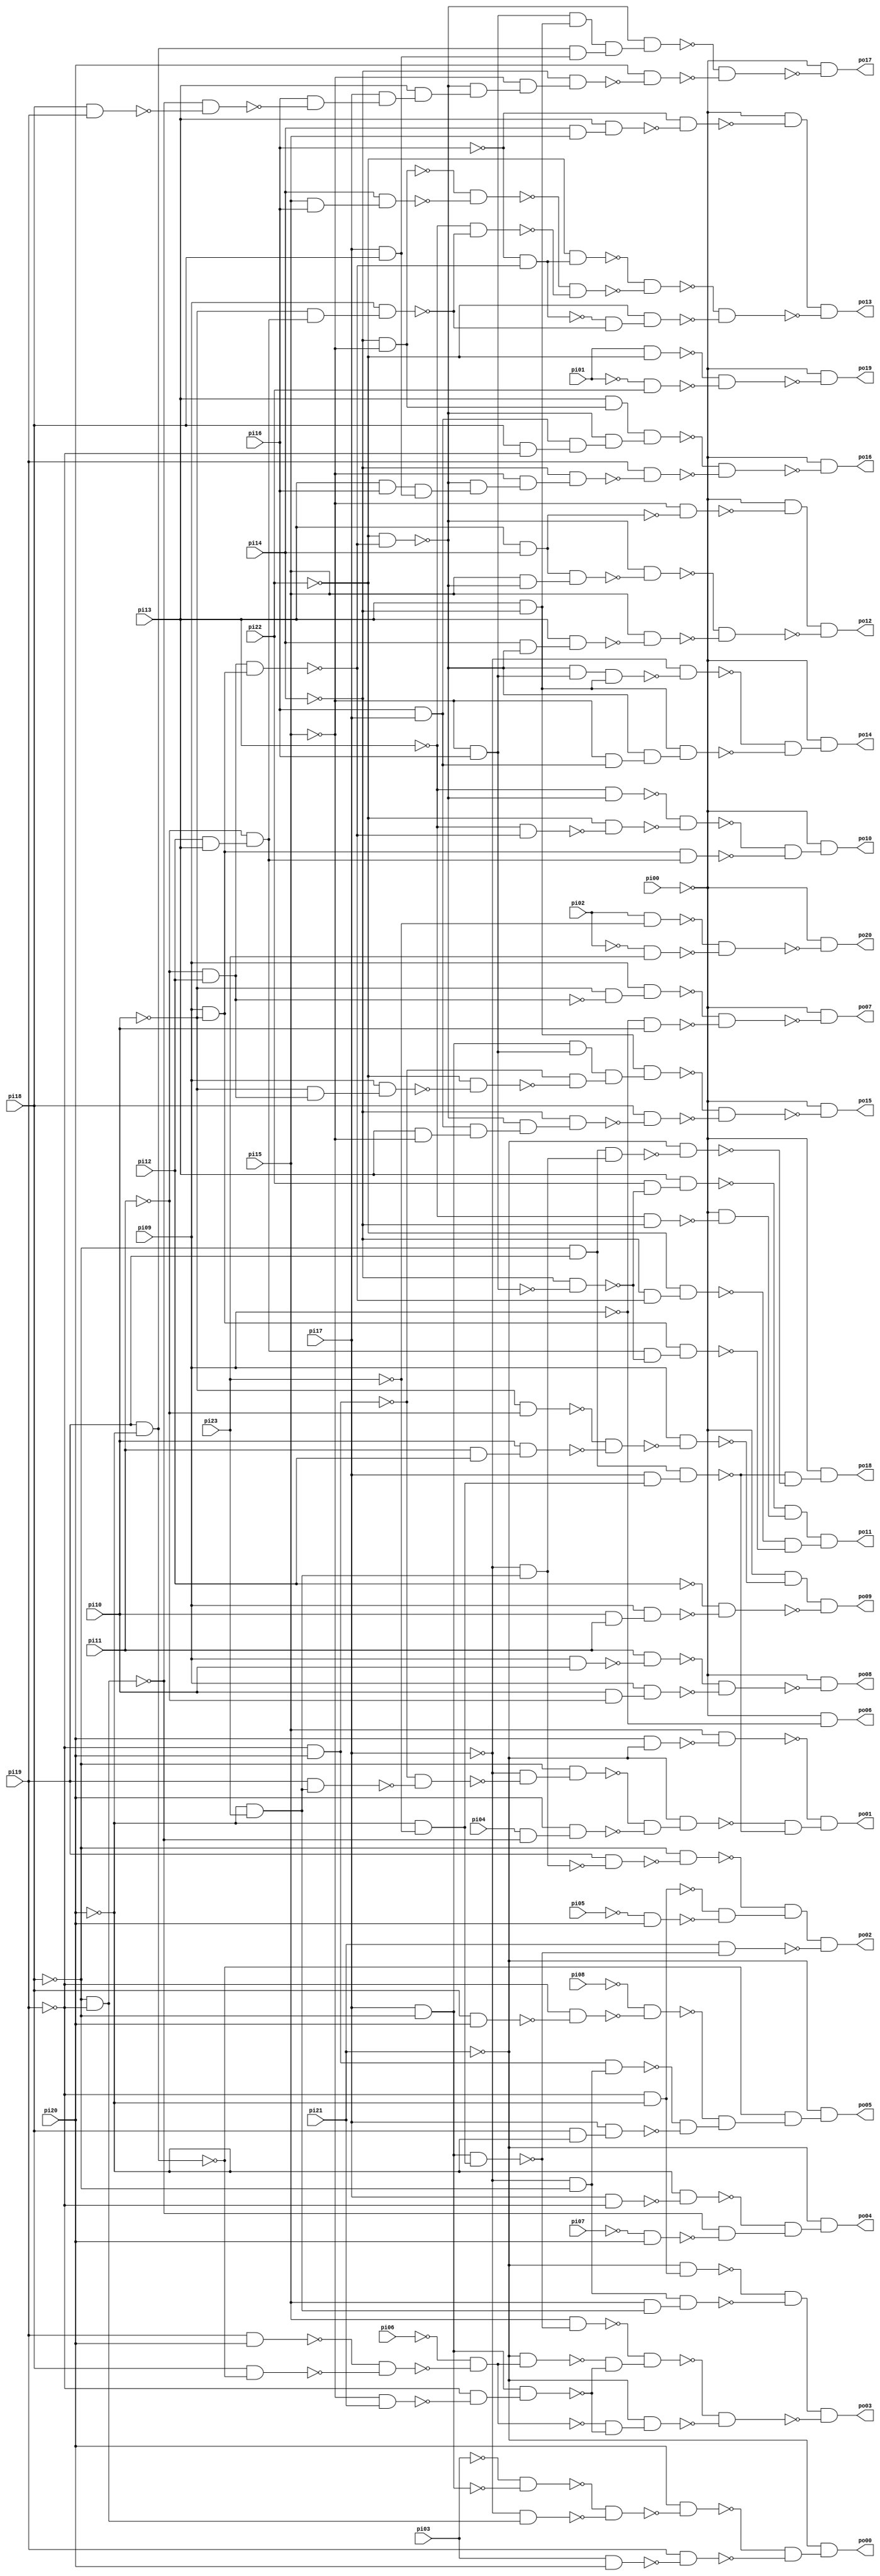
// Benchmark "ttt2" written by ABC on Sun Apr 22 21:43:15 2018

module ttt2 ( 
    pi00, pi01, pi02, pi03, pi04, pi05, pi06, pi07, pi08, pi09, pi10, pi11,
    pi12, pi13, pi14, pi15, pi16, pi17, pi18, pi19, pi20, pi21, pi22, pi23,
    po00, po01, po02, po03, po04, po05, po06, po07, po08, po09, po10, po11,
    po12, po13, po14, po15, po16, po17, po18, po19, po20  );
  input  pi00, pi01, pi02, pi03, pi04, pi05, pi06, pi07, pi08, pi09,
    pi10, pi11, pi12, pi13, pi14, pi15, pi16, pi17, pi18, pi19, pi20, pi21,
    pi22, pi23;
  output po00, po01, po02, po03, po04, po05, po06, po07, po08, po09, po10,
    po11, po12, po13, po14, po15, po16, po17, po18, po19, po20;
  wire n46, n47, n48, n49, n50, n51, n52, n53, n54, n56, n57, n58, n59, n60,
    n61, n62, n63, n64, n65, n66, n67, n68, n69, n70, n71, n72, n74, n75,
    n76, n77, n78, n79, n80, n81, n82, n84, n85, n86, n87, n88, n89, n90,
    n91, n92, n93, n94, n95, n96, n97, n98, n99, n100, n101, n102, n103,
    n105, n106, n107, n108, n109, n111, n112, n113, n114, n115, n116, n117,
    n118, n119, n122, n123, n124, n125, n126, n128, n129, n130, n131, n132,
    n134, n135, n136, n137, n138, n139, n140, n141, n142, n144, n145, n146,
    n147, n148, n149, n150, n151, n152, n153, n154, n156, n157, n158, n159,
    n160, n161, n162, n163, n164, n165, n166, n167, n169, n170, n171, n172,
    n173, n174, n175, n176, n177, n178, n180, n181, n182, n183, n184, n185,
    n186, n187, n188, n189, n190, n191, n192, n193, n194, n195, n196, n197,
    n199, n200, n201, n202, n203, n204, n205, n206, n207, n209, n210, n211,
    n212, n213, n214, n215, n216, n217, n218, n219, n220, n221, n223, n224,
    n225, n226, n227, n228, n229, n230, n231, n232, n233, n234, n235, n237,
    n238, n239, n240, n241, n242, n243, n244, n245, n246, n247, n248, n249,
    n250, n252, n253, n254, n256, n257, n258, n260, n261, n262;
  assign n46 = pi17 & ~pi18;
  assign n47 = ~pi03 & ~n46;
  assign n48 = ~pi18 & ~pi19;
  assign n49 = ~pi17 & n48;
  assign n50 = ~n47 & ~n49;
  assign n51 = pi20 & ~n50;
  assign n52 = pi03 & pi20;
  assign n53 = pi19 & ~n52;
  assign n54 = ~n51 & ~n53;
  assign po00 = ~pi21 & n54;
  assign n56 = ~pi20 & ~pi23;
  assign n57 = ~pi19 & pi20;
  assign n58 = ~pi20 & pi23;
  assign n59 = pi19 & n58;
  assign n60 = ~n57 & ~n59;
  assign n61 = ~pi17 & ~n60;
  assign n62 = ~pi18 & n61;
  assign n63 = pi04 & ~n48;
  assign n64 = pi20 & n63;
  assign n65 = ~n62 & ~n64;
  assign n66 = pi20 & ~pi21;
  assign n67 = pi15 & ~n66;
  assign n68 = ~pi21 & n65;
  assign n69 = ~pi18 & pi19;
  assign n70 = pi17 & n56;
  assign n71 = n69 & n70;
  assign n72 = ~n68 & ~n71;
  assign po01 = ~n67 & n72;
  assign n74 = n46 & n56;
  assign n75 = ~pi17 & n58;
  assign n76 = pi19 & ~n75;
  assign n77 = ~pi18 & ~n76;
  assign n78 = ~pi19 & ~pi20;
  assign n79 = ~pi05 & pi20;
  assign n80 = ~n78 & ~n79;
  assign n81 = ~n77 & n80;
  assign n82 = pi21 & ~n74;
  assign po02 = n81 & ~n82;
  assign n84 = ~pi15 & pi21;
  assign n85 = pi19 & pi20;
  assign n86 = pi19 & ~pi20;
  assign n87 = pi18 & ~n86;
  assign n88 = ~n85 & ~n87;
  assign n89 = ~pi21 & n78;
  assign n90 = ~pi17 & ~pi18;
  assign n91 = pi15 & n58;
  assign n92 = n90 & n91;
  assign n93 = ~n89 & ~n92;
  assign n94 = pi15 & ~n74;
  assign n95 = ~pi06 & ~n88;
  assign n96 = ~pi21 & n95;
  assign n97 = ~pi19 & ~n84;
  assign n98 = n46 & n97;
  assign n99 = ~n96 & ~n98;
  assign n100 = ~n94 & n99;
  assign n101 = ~n95 & ~n98;
  assign n102 = ~pi21 & n101;
  assign n103 = ~n100 & ~n102;
  assign po03 = n93 & ~n103;
  assign n105 = pi17 & ~pi19;
  assign n106 = ~pi20 & ~n105;
  assign n107 = ~pi07 & pi20;
  assign n108 = ~n48 & ~n107;
  assign n109 = ~n106 & n108;
  assign po04 = ~pi21 & n109;
  assign n111 = pi18 & pi20;
  assign n112 = ~pi19 & ~n111;
  assign n113 = ~pi08 & ~n112;
  assign n114 = n57 & n90;
  assign n115 = pi18 & ~pi20;
  assign n116 = pi17 & n115;
  assign n117 = ~n114 & ~n116;
  assign n118 = ~n113 & n117;
  assign n119 = ~n86 & n118;
  assign po05 = ~pi21 & n119;
  assign po06 = ~pi00 & ~pi09;
  assign n122 = ~pi11 & pi12;
  assign n123 = ~pi10 & ~n122;
  assign n124 = pi09 & n123;
  assign n125 = ~pi09 & pi10;
  assign n126 = ~n124 & ~n125;
  assign po07 = ~pi00 & ~n126;
  assign n128 = pi09 & pi10;
  assign n129 = pi11 & ~n128;
  assign n130 = pi10 & ~pi11;
  assign n131 = pi09 & n130;
  assign n132 = ~n129 & ~n131;
  assign po08 = ~pi00 & ~n132;
  assign n134 = pi10 & pi11;
  assign n135 = pi09 & n134;
  assign n136 = ~pi10 & ~pi11;
  assign n137 = pi11 & pi12;
  assign n138 = pi10 & n137;
  assign n139 = ~n136 & ~n138;
  assign n140 = pi09 & ~n139;
  assign n141 = ~pi00 & ~n140;
  assign n142 = ~pi12 & ~n135;
  assign po09 = n141 & ~n142;
  assign n144 = pi12 & pi13;
  assign n145 = pi09 & ~pi10;
  assign n146 = n122 & n145;
  assign n147 = ~pi22 & ~n146;
  assign n148 = ~pi13 & ~n147;
  assign n149 = ~pi13 & ~n146;
  assign n150 = ~pi22 & ~n149;
  assign n151 = ~n148 & ~n150;
  assign n152 = ~pi11 & n144;
  assign n153 = n145 & n152;
  assign n154 = ~n151 & ~n153;
  assign po10 = ~pi00 & n154;
  assign n156 = ~pi15 & pi16;
  assign n157 = ~pi14 & ~n156;
  assign n158 = pi22 & ~n157;
  assign n159 = pi13 & n158;
  assign n160 = ~pi13 & ~pi14;
  assign n161 = ~pi00 & ~n160;
  assign n162 = ~n159 & n161;
  assign n163 = ~pi14 & ~n146;
  assign n164 = ~pi22 & n163;
  assign n165 = n152 & ~n157;
  assign n166 = n145 & n165;
  assign n167 = ~n164 & ~n166;
  assign po11 = n162 & n167;
  assign n169 = pi13 & pi14;
  assign n170 = ~pi15 & ~n169;
  assign n171 = ~pi00 & ~n170;
  assign n172 = pi15 & ~n147;
  assign n173 = n169 & n172;
  assign n174 = ~n147 & ~n173;
  assign n175 = pi14 & ~n147;
  assign n176 = pi13 & n175;
  assign n177 = pi15 & ~n176;
  assign n178 = ~n174 & ~n177;
  assign po12 = n171 & ~n178;
  assign n180 = ~pi14 & ~pi15;
  assign n181 = pi15 & pi16;
  assign n182 = pi14 & n181;
  assign n183 = ~n180 & ~n182;
  assign n184 = pi14 & pi15;
  assign n185 = pi13 & n184;
  assign n186 = ~pi16 & ~n185;
  assign n187 = ~pi00 & ~n186;
  assign n188 = ~pi16 & ~n146;
  assign n189 = ~pi22 & n188;
  assign n190 = ~pi10 & n152;
  assign n191 = pi09 & n190;
  assign n192 = ~pi13 & ~n191;
  assign n193 = ~n183 & ~n192;
  assign n194 = ~n189 & ~n193;
  assign n195 = ~n188 & ~n191;
  assign n196 = ~pi22 & n195;
  assign n197 = ~n194 & ~n196;
  assign po13 = n187 & ~n197;
  assign n199 = pi16 & pi17;
  assign n200 = ~pi15 & n199;
  assign n201 = ~n147 & n156;
  assign n202 = pi13 & ~pi14;
  assign n203 = n201 & n202;
  assign n204 = ~pi17 & ~n203;
  assign n205 = ~n147 & n200;
  assign n206 = n202 & n205;
  assign n207 = ~n204 & ~n206;
  assign po14 = ~pi00 & n207;
  assign n209 = n46 & n156;
  assign n210 = ~pi10 & n122;
  assign n211 = pi09 & n210;
  assign n212 = ~pi22 & ~n211;
  assign n213 = ~n57 & ~n212;
  assign n214 = pi13 & ~pi15;
  assign n215 = n199 & n214;
  assign n216 = ~n147 & n215;
  assign n217 = ~pi14 & n216;
  assign n218 = n209 & n213;
  assign n219 = n202 & n218;
  assign n220 = pi18 & ~n217;
  assign n221 = ~n219 & ~n220;
  assign po15 = ~pi00 & ~n221;
  assign n223 = pi13 & n180;
  assign n224 = pi18 & ~pi19;
  assign n225 = n199 & n224;
  assign n226 = pi13 & pi16;
  assign n227 = pi17 & pi18;
  assign n228 = n226 & n227;
  assign n229 = ~n147 & n228;
  assign n230 = ~pi15 & n229;
  assign n231 = ~pi14 & n230;
  assign n232 = ~n147 & n225;
  assign n233 = n223 & n232;
  assign n234 = pi19 & ~n231;
  assign n235 = ~n233 & ~n234;
  assign po16 = ~pi00 & ~n235;
  assign n237 = n156 & n202;
  assign n238 = n86 & n227;
  assign n239 = pi18 & pi19;
  assign n240 = ~n48 & ~n239;
  assign n241 = pi16 & ~n240;
  assign n242 = pi17 & n241;
  assign n243 = pi13 & n242;
  assign n244 = ~n147 & n243;
  assign n245 = ~pi15 & n244;
  assign n246 = ~pi14 & n245;
  assign n247 = n237 & n238;
  assign n248 = ~n147 & n247;
  assign n249 = pi20 & ~n246;
  assign n250 = ~n248 & ~n249;
  assign po17 = ~pi00 & ~n250;
  assign n252 = n69 & n75;
  assign n253 = ~pi21 & ~n252;
  assign n254 = ~n71 & ~n253;
  assign po18 = ~pi00 & n254;
  assign n256 = pi01 & ~pi22;
  assign n257 = ~pi01 & pi22;
  assign n258 = ~n256 & ~n257;
  assign po19 = ~pi00 & ~n258;
  assign n260 = pi02 & ~pi23;
  assign n261 = ~pi02 & pi23;
  assign n262 = ~n260 & ~n261;
  assign po20 = ~pi00 & ~n262;
endmodule